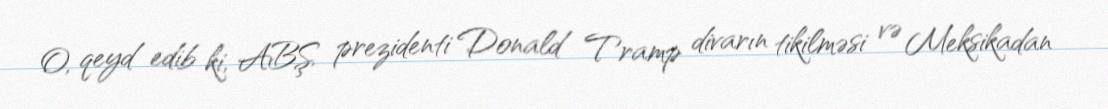
O, qeyd edib ki, ABŞ prezidenti Donald Tramp divarın tikilməsi və Meksikadan